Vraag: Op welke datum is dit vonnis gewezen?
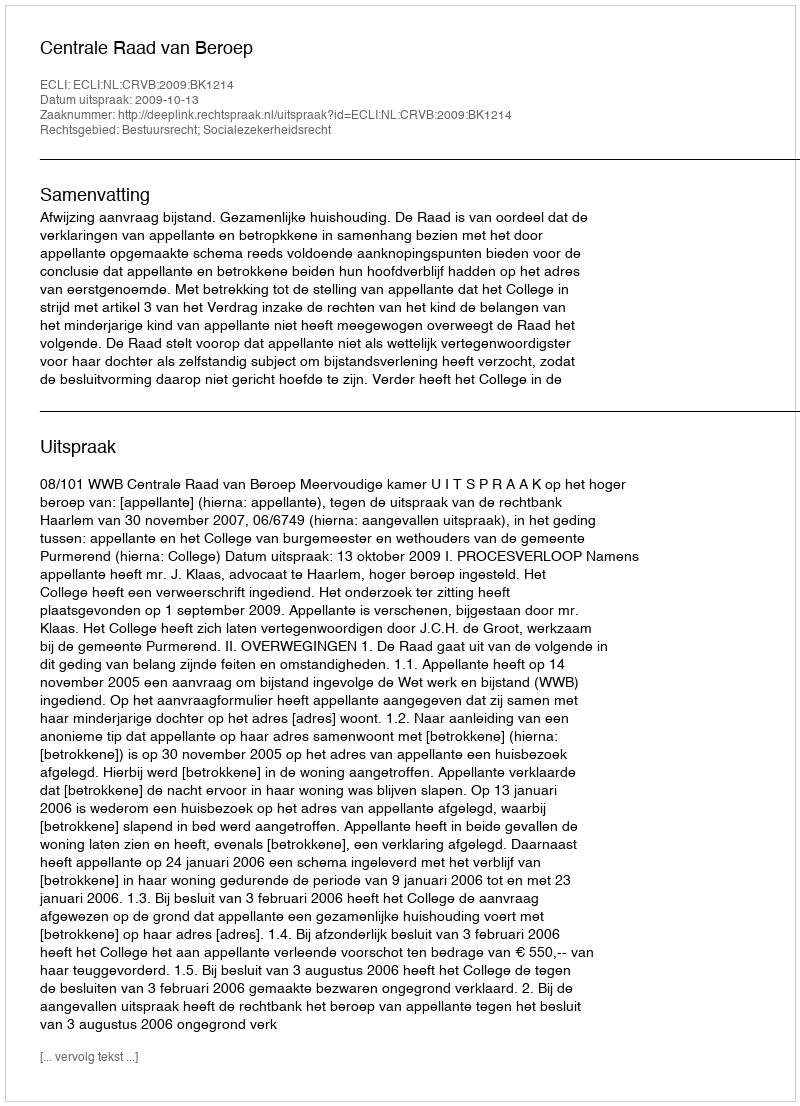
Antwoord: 2009-10-13